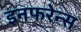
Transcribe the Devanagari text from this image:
इनफरेन्स